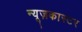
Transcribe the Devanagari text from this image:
न्यूज़कास्टर